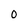
Character: 0